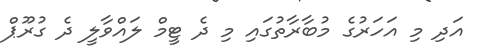
އަދި މި އަހަރުގެ މުބާރާތުގައި މި ދެ ޓީމް ލައްވާލީ ދެ ގުރޫޕް